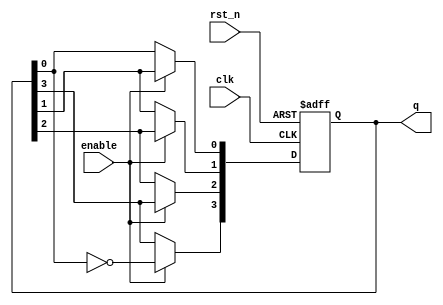
module johnson_counter (
    input wire clk,              // Clock input
    input wire rst_n,            // Asynchronous active-low reset
    input wire enable,           // Enable signal
    output reg [3:0] q           // 4-bit output representing the counter state
);

    // Flip-flop behavior
    always @(posedge clk or negedge rst_n) begin
        if (!rst_n) begin
            q <= 4'b0000;         // Reset state to 0000
        end else if (enable) begin
            // Johnson counter logic
            q[3] <= ~q[0];        // Invert the last flip-flop output to feed back
            q[2] <= q[3];         // Shift the state
            q[1] <= q[2];         // Shift the state
            q[0] <= q[1];         // Shift the state
        end
    end

endmodule